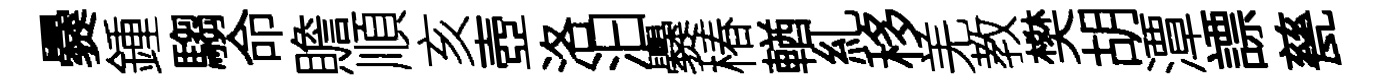
爨鍾騶命贍順亥壺洛汩爨椿輶糺移羌教樊胡潭謤甆